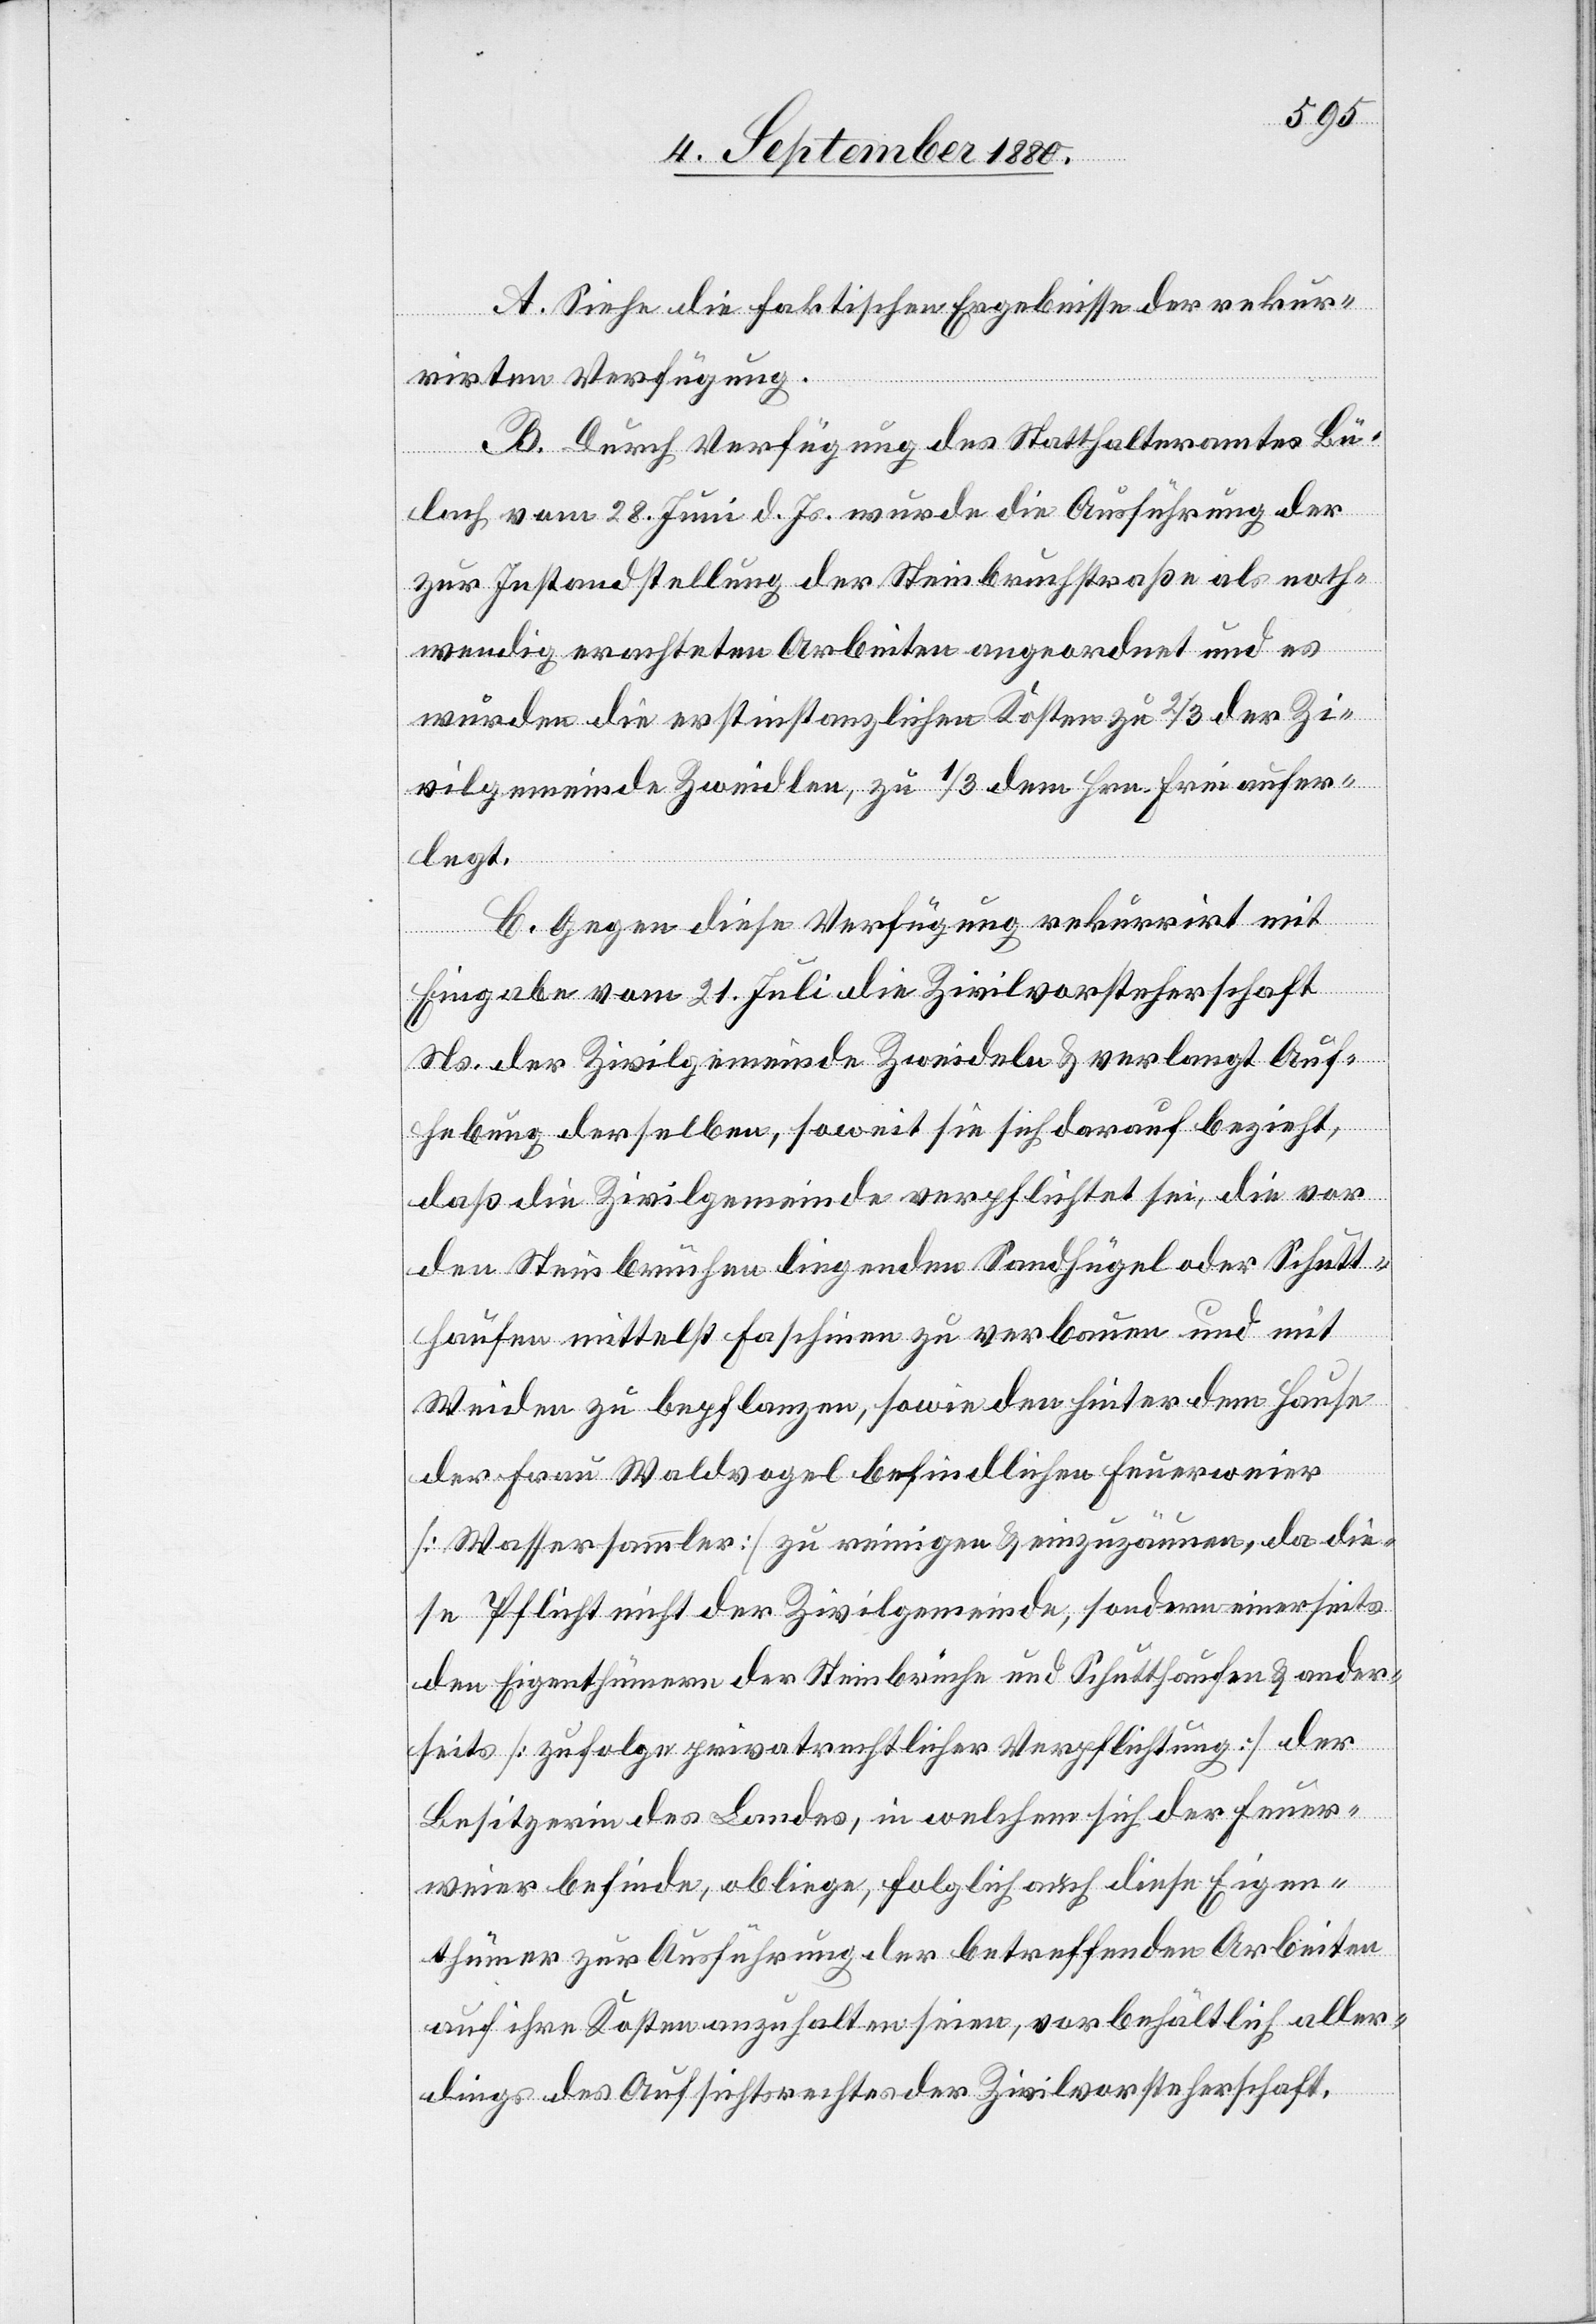
A. Siehe die faktischen Ergebnisse der rekur¬
rirten Verfügung.
B. Durch Verfügung des Statthalteramtes Bü¬
lach vom 28. Juni d. Js. wurde die Ausführung der
zur Instandstellung der Steinbruchstraße als noth¬
wendig erachteten Arbeiten angeordnet und es
wurden die erstinstanzlichen Koten zu 2/3 dem H¬
rlegt.
C. Gegen diese Verfügung rekurrirt mit
Eingabe vom 21. Juli die Zivilvorsteherschaft
Ns. der Zivilgemeinde Zweidlen & verlangt Auf¬
hebung derselben, soweit sie sich darauf bezieht,
daß die Zivilgemeinde verpflichtet sei, die vor
den Steinbrüchen liegenden Sandhügel oder Schutt¬
haufen mittelst Faschinen zu verbauen und mit
Weiden zu bepflanzen, sowie den hinter dem Hause
Frei aufe¬
der Frau Waldvogel befindlichen Feuerweier
[Wassersammler] zu reinigen & einzuzäunen, da die¬
se Pflicht nicht der Zivilgemeinde, sondern einerseits
den Eigenthümern der Steinbrüche und Schutthaufen & ander¬
seits [zufolge privatrechtlicher Verpflichtung] der
Besitzerin des Landes, in welchem sich der Feuer¬
weier befinde, obliege, folglich auch diese Eigen¬
thümer zur Ausführung der betreffenden Arbeiten
auf ihre Kosten anzuhalten seien, vorbehältlich aller¬
rn.
dings des Aufsichtsrechtes der Zivilvorsteherschaft.